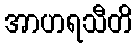
အာဟရသီတိ